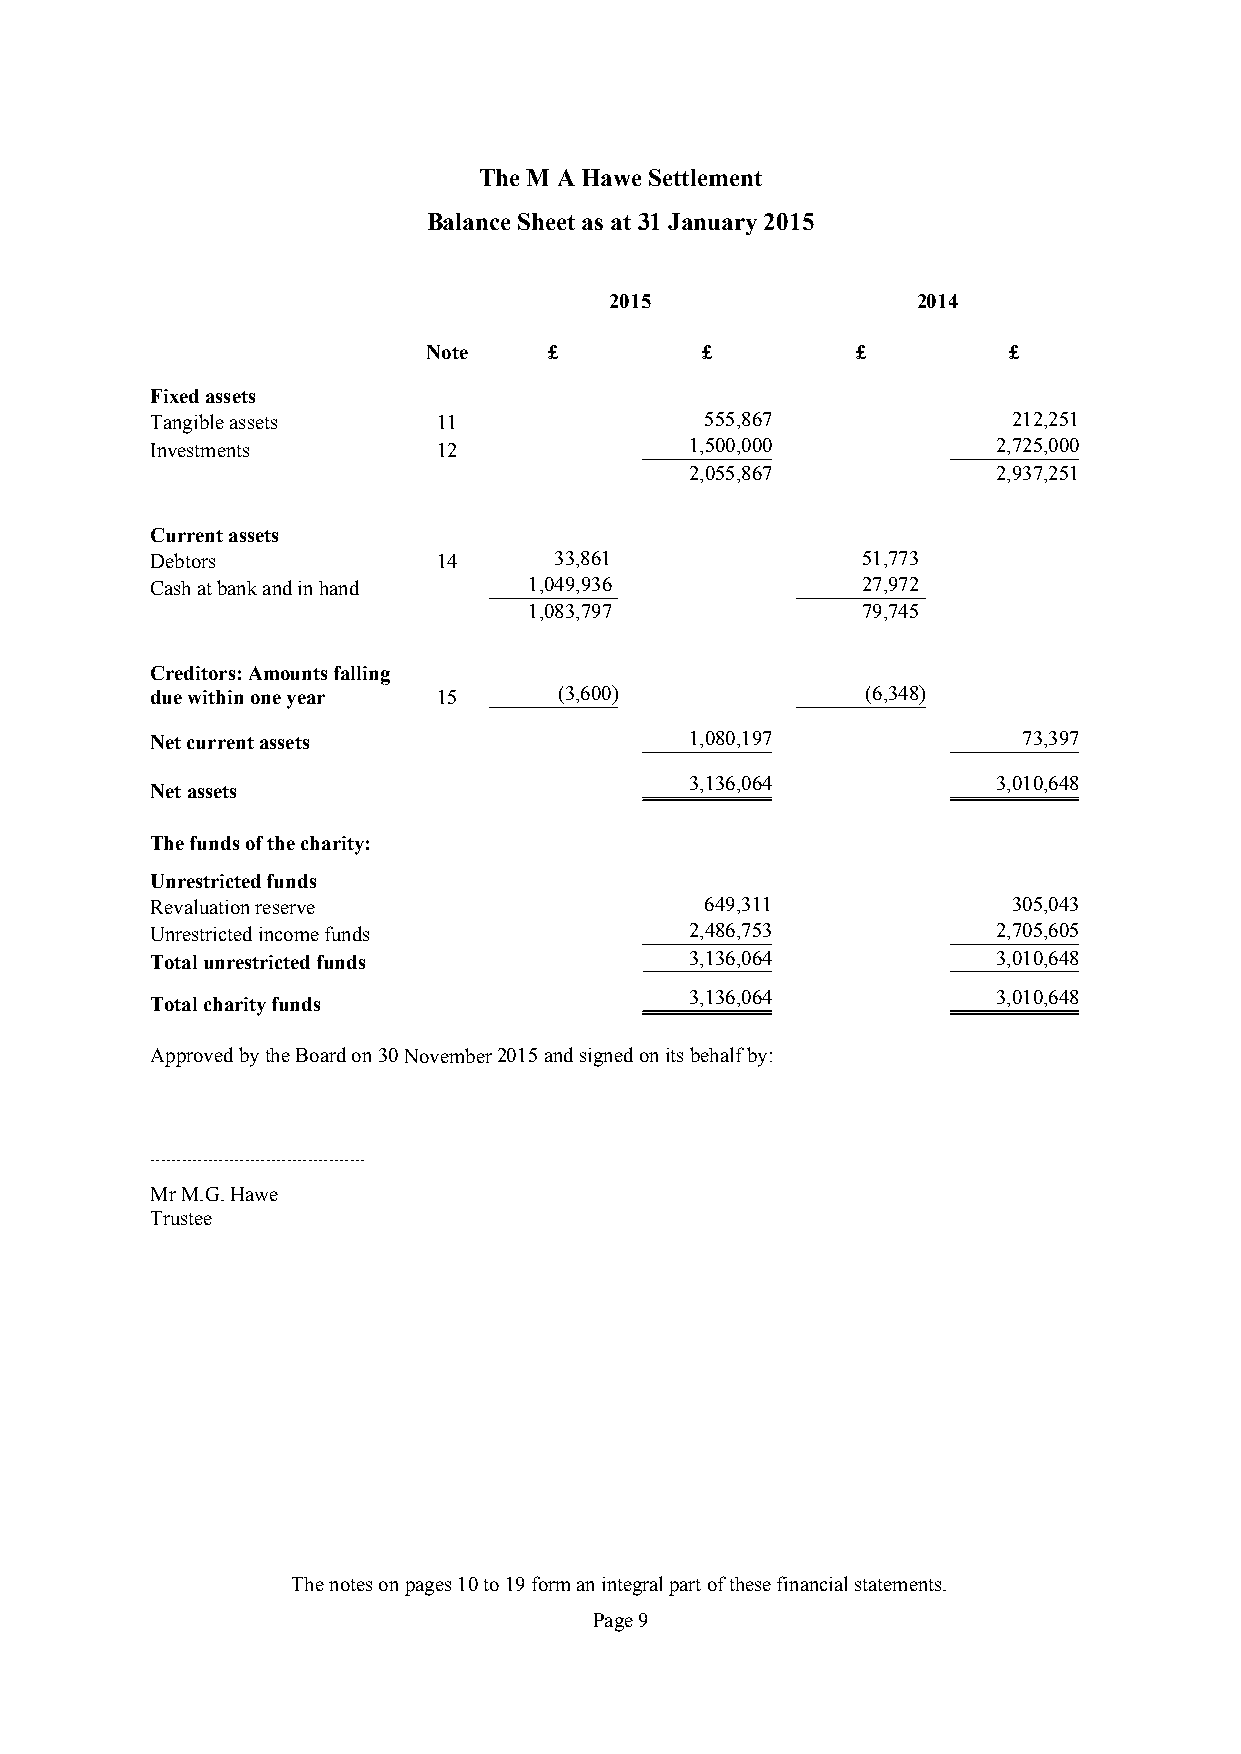
The M A Hawe Settlement
 Balance Sheet as at31 January 2015
 2015                 2014
 Note    £         £          £         £
 Fixed assets
 Tangible assets    11                555,867             212,251
 Investments        12               1,500,000           2,725,000
 2,055,867           2,937,251
 Current assets
 Debtors            14      33,861              51,773
 Cash at bank and in hand 1,049,936             27,972
 1,083,797             79,745
 Creditors: Amounts falling
 due within one year 15     (3,600)             (6,348)
 Net current assets                  1,080,197             73,397
 3,136,064           3,010,648
 Net assets
 The funds of the charity:
 Unrestricted funds
 Revaluation reserve                  649,311             305,043
 Unrestricted income funds           2,486,753           2,705,605
 Totalunrestricted funds             3,136,064           3,010,648
 3,136,064           3,010,648
 Total charity funds
 ApprovedbytheBoardon30November 2015andsignedonitsbehalfby:
 .........................................
 MrM.G.Hawe
 Trustee
 The notes onpages10to19form an integral part of these financial statements.
 Page9